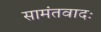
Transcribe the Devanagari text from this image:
सामंतवादः